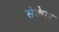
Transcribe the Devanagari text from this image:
सेक्वेल